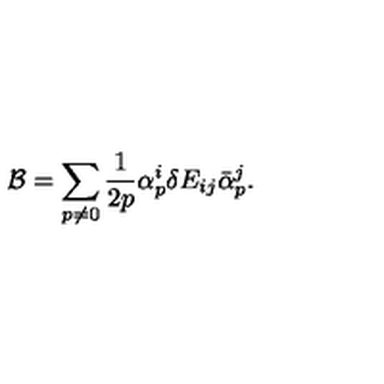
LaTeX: { \cal B } = \sum _ { p \neq 0 } \frac { 1 } { 2 p } \alpha _ { p } ^ { i } \delta E _ { i j } \bar { \alpha } _ { p } ^ { j } .